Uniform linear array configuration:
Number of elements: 4
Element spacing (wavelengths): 1
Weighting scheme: exponential
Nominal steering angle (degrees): -30
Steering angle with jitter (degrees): -30.656
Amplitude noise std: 0.05
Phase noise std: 0.05

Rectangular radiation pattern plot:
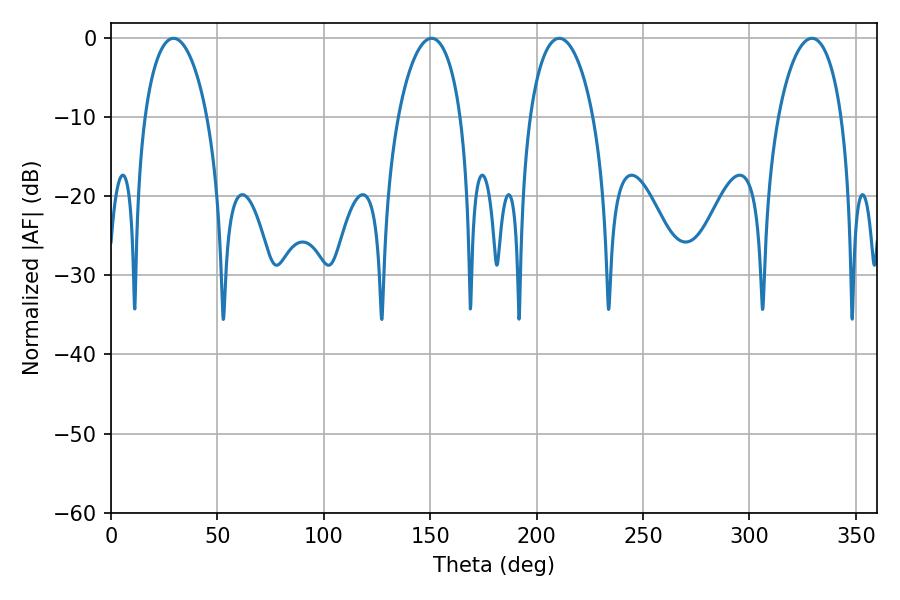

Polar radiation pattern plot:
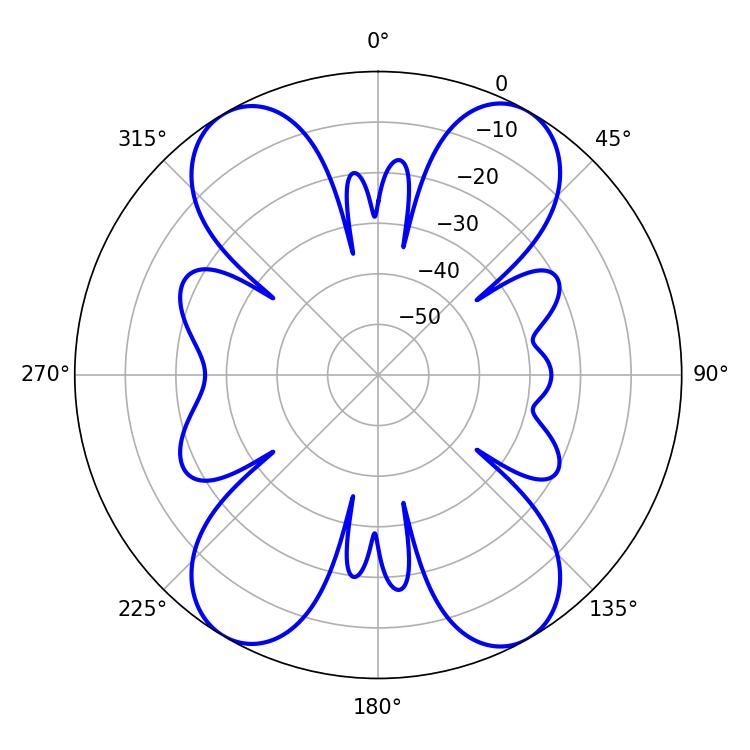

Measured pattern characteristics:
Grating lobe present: TRUE
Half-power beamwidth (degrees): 16.74
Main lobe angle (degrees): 29.34